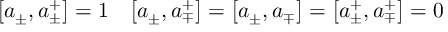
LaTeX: \bigl [ a _ { \pm } , a _ { \pm } ^ { + } \bigr ] = 1 \quad \bigl [ a _ { \pm } , a _ { \mp } ^ { + } \bigr ] = \bigl [ a _ { \pm } , a _ { \mp } \bigr ] = \bigl [ a _ { \pm } ^ { + } , a _ { \mp } ^ { + } \bigr ] = 0